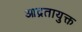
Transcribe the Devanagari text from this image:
आद्रतायुक्त